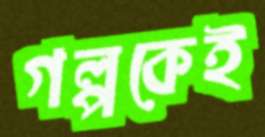
গল্পকেই